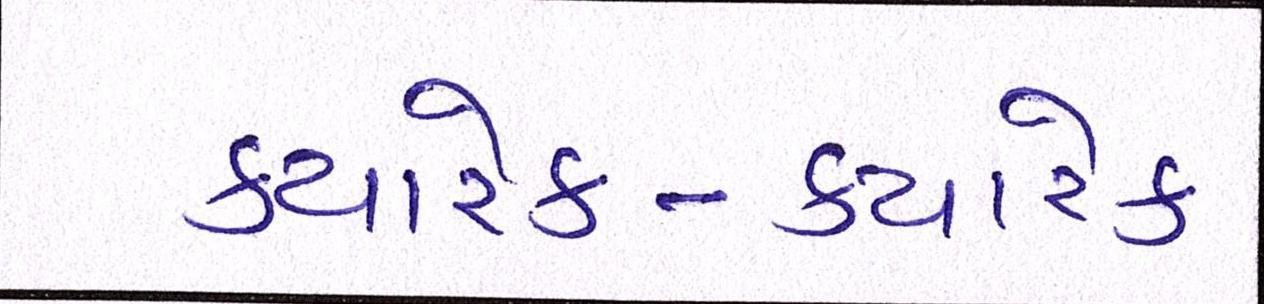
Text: ક્યારેક-ક્યારેક